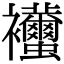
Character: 𧟚